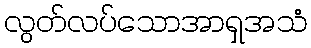
လွတ်လပ်သောအာရှအသံ